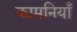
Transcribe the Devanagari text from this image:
कामनियाँ